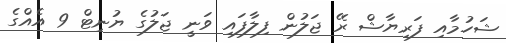
ޝަހުމާއި ފަރިޔާޝް ރޭ ޖަލުން ފިލާފައި ވަނީ ޖަލުގެ ޔުނިޓް 9 އެއްގެ